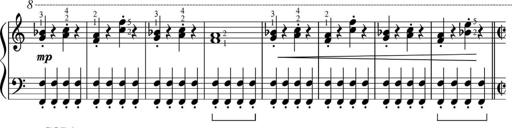
Title: Sonatinas
Composer: Andrew Violette